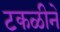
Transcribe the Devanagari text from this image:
टकळीने